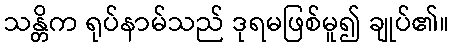
သန္တိက ရုပ်နာမ်သည် ဒုရမဖြစ်မူ၍ ချုပ်၏။